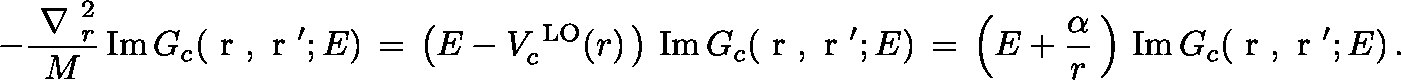
- \frac { { \mathrm { \boldmath ~ \nabla ~ } } _ { r } ^ { 2 } } { M } \, \mathrm { I m } \, G _ { c } ( { \mathrm { \boldmath ~ r ~ } } , { \mathrm { \boldmath ~ r ~ } ^ { \prime } } ; E ) \, = \, \left( E - V _ { c } ^ { \mathrm { \tiny ~ L O } } ( r ) \, \right) \, \mathrm { I m } \, G _ { c } ( { \mathrm { \boldmath ~ r ~ } } , { \mathrm { \boldmath ~ r ~ } ^ { \prime } } ; E ) \, = \, \left( E + \frac { \alpha } { r } \, \right) \, \mathrm { I m } \, G _ { c } ( { \mathrm { \boldmath ~ r ~ } } , { \mathrm { \boldmath ~ r ~ } ^ { \prime } } ; E ) \, .